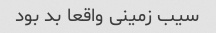
سیب زمینی واقعا بد بود